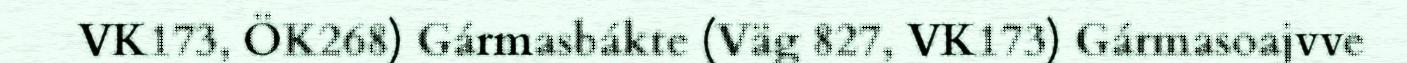
VK173, ÖK268) Gármasbákte (Väg 827, VK173) Gármasoajvve